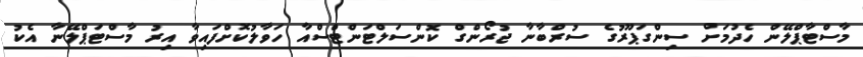
މާސްޓާޕްލޭން ހެދުމަށް ސިންގަޕޫރުގެ ސުރްބާނާ ޖުރޯންގް ކޮންސަލްޓަންޓްސްއާ ހަވާލުކޮށްފައިވާ އިރު މާސްޓަޕްލޭނާ އެކު